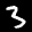
Label: 3